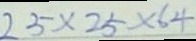
2 5 \times 2 5 \times 6 4